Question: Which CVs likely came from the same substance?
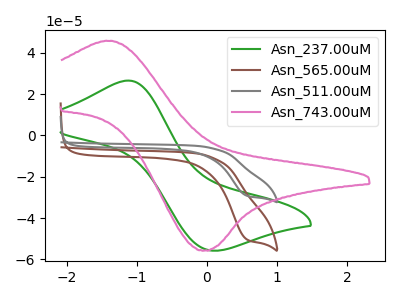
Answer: <think>The green curve "Asn_237.00uM" has an anodic peak at (-1.10V, 26.55uA) and a cathodic peak at (0.05V, -55.75uA). The brown curve "Asn_565.00uM" has a cathodic peak at: (0.55V, -50.25uA). The gray curve "Asn_511.00uM" has a cathodic peak at: (0.55V, -29.15uA). The pink curve "Asn_743.00uM" has an anodic peak at (-1.40V, 45.70uA) and a cathodic peak at (-0.05V, -55.70uA).
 "Asn_237.00uM" and "Asn_565.00uM" have a different number of peaks. "Asn_237.00uM" and "Asn_511.00uM" have a different number of peaks. "Asn_237.00uM" and "Asn_743.00uM" have at least one peak that do not match. All the peaks in "Asn_565.00uM" have a peak in "Asn_511.00uM" at the same potential. Every peak in "Asn_565.00uM" is higher than every peak in "Asn_511.00uM". "Asn_565.00uM" and "Asn_743.00uM" have a different number of peaks. "Asn_511.00uM" and "Asn_743.00uM" have a different number of peaks.</think>
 <answer>"Asn_565.00uM" and "Asn_511.00uM" have the same shape and are likely CV's of the same chemical.</answer>
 <eval>"Asn_565.00uM" "Asn_511.00uM"</eval>